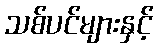
သစ်ပင်များနှင့်